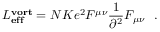
{ \cal L } _ { \bf e f f } ^ { \bf v o r t } = N K e ^ { 2 } F ^ { \mu \nu } \frac { 1 } { \partial ^ { 2 } } F _ { \mu \nu } \, \, \, \, .